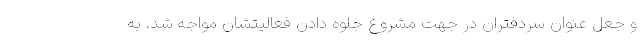
و جعل عنوان سردفتران در جهت مشروع جلوه دادن فعالیتشان مواجه شد. به